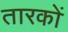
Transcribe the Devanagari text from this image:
तारकों